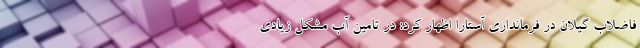
فاضلاب گیلان در فرمانداری آستارا اظهار کرد: در تامین آب مشکل زیادی